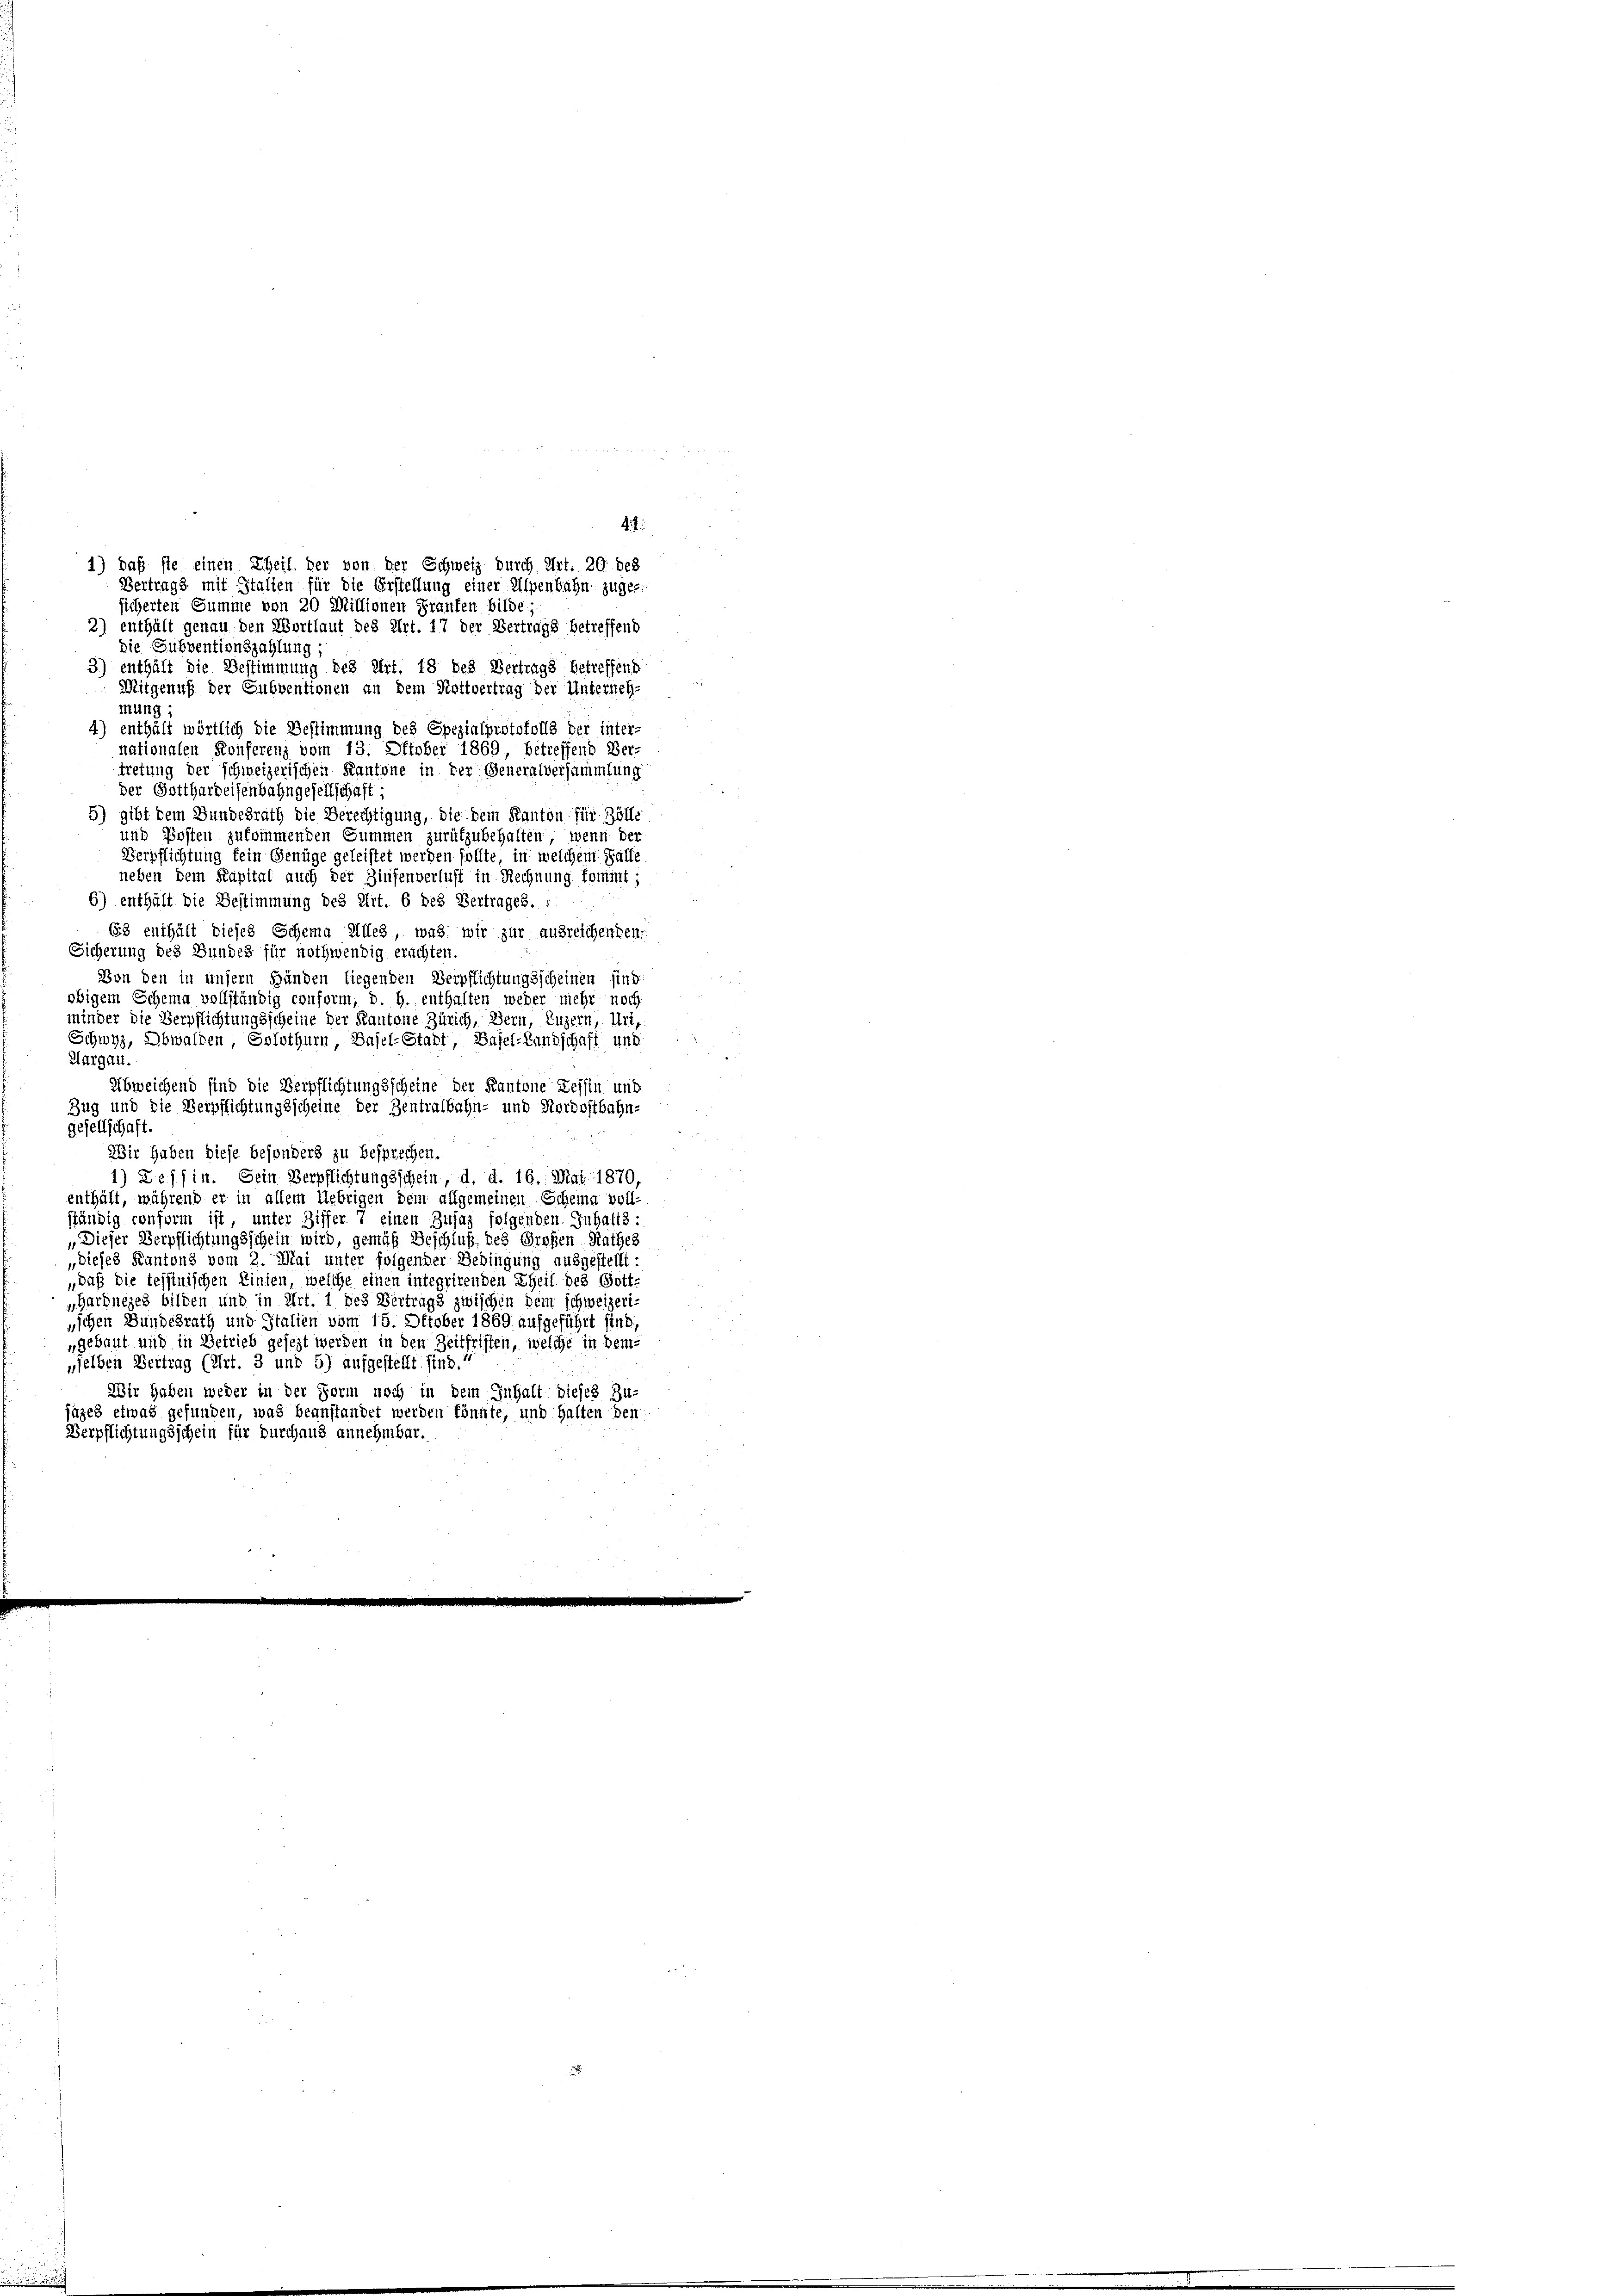
Die Subventionszahlung,
3.) enthält die Bestimmung des Art. 18 des Vertrags betreffend
Mitgenuß der Subventionen an dem Hottvertrag der Unterneh-
mung;
4) enthält wörtlich die Bestimmung des Spezialprotokolls der inter-
nationalen Konferenz vom 13. Oktober 1869, betreffend Ver-
tretung der schweizerischen Kantone in der Generalversammlung
der Gotthardeisenbahngesellschaft;
5) gibt dem Bundesrath die Berechtigung, die dem Kanton für Zölle
und Posten zukommenden Summen zurükzubehalten, wenn der
Verpflichtung fein Genüge geleistet werden sollte, in welchem Falle
neben dem Kapital auch der Zinsenverlust in Rechnung kommt;
6) enthält die Bestimmung des Art. 6 des Vertrages. *
63 enthält dieses Schema Alles, was wir zur ausreichenden,
Sicherung des Bundes für nothwendig erachten.
Von den in unsern Händen liegenden Verpflichtungsscheinen sind
obigem Schema vollständig conform, d. h. enthalten weder mehr noch
minder die Verpflichtungsscheine der Kantone Zürich, Bern, Luzern, Uri,
Schwyz, Obwalden, Solothurn, Basel-Stadt, Basel-Landschaft und
Aargau.
Abweichend sind die Verpflichtungsscheine der Kantone Tessin und
Zug und die Verpflichtungsscheine der Zentralbahn- und Nordostbahn-
gesellschaft.
Wir haben diese besonders zu besprechen.
1) Tessin. Sein Verpflichtungsschein, d. d. 16. Mai 1870
enthält, während er in allem Uebrigen dem allgemeinen Scheina voll-
ständig conform ist, unter Ziffer, einen Zusaz folgenden Inhalts:
„Dieser Verpflichtungsschein wird, gemäß Beschluß des Großen Rathes
„dieses Kantons vom 2. Mai unter folgender Gedingung ausgestellt:
„daß die tessinischen Linien, welche einen integrirenden Theil des Gott-
Garbnezes bilden und in Art. 1 des Vertrags zwischen dem schweizeri-
nschen Bundesrath und Italien vom 15. Oktober 1869 aufgeführt sind.
„gebaut und in Betrieb gesezt werden in den Zeitfristen, welche in dem-
„selben Vertrag (Art. 3 und 5) aufgestellt sind.“
Wir haben weder in der Form noch in dem Inhalt dieses Zu-
üzes etwas gefunden, was beanstandet werden könnte, und halten den
Verpflichtungsschein für durchaus annehmbar.

:
1) daß sie einen Theil, der von der Schweiz durch Art. 20 des
Vertrags mit Italien für die Erstellung einer Alpenbahn zugessicherten Summe von 20 Millionen Granten bilde.
2) enthält genau den Wortlaut des Art. 17 der Vertrags betreffend